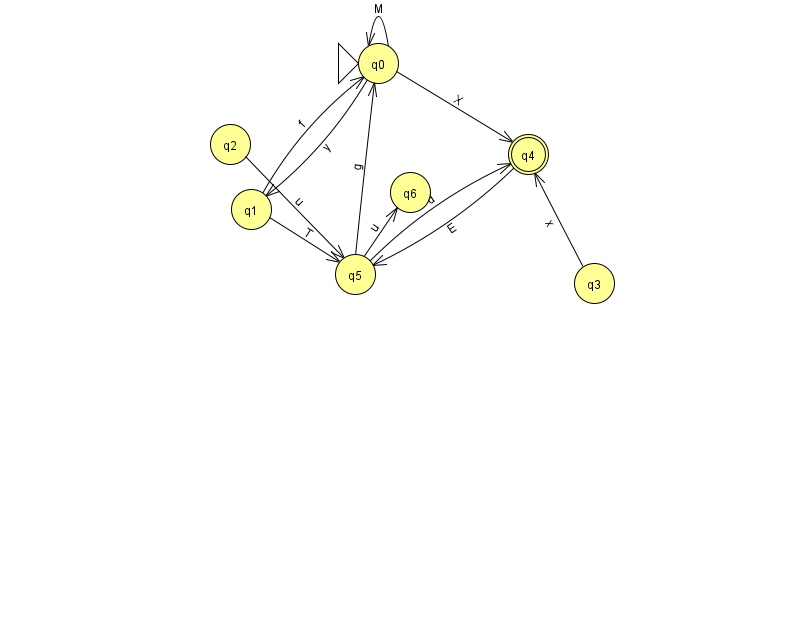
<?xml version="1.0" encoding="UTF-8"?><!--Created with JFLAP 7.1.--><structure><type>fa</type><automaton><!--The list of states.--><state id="0" name="q0"><x>378.0</x><y>50.0</y><initial/></state><state id="1" name="q1"><x>251.0</x><y>196.0</y></state><state id="2" name="q2"><x>230.0</x><y>131.0</y></state><state id="3" name="q3"><x>594.0</x><y>270.0</y></state><state id="4" name="q4"><x>528.0</x><y>141.0</y><final/></state><state id="5" name="q5"><x>355.0</x><y>261.0</y></state><state id="6" name="q6"><x>410.0</x><y>179.0</y></state><!--The list of transitions.--><transition><from>4</from><to>5</to><read>E</read></transition><transition><from>1</from><to>0</to><read>f</read></transition><transition><from>5</from><to>4</to><read>d</read></transition><transition><from>0</from><to>4</to><read>X</read></transition><transition><from>3</from><to>4</to><read>x</read></transition><transition><from>5</from><to>6</to><read>u</read></transition><transition><from>1</from><to>5</to><read>T</read></transition><transition><from>2</from><to>5</to><read>u</read></transition><transition><from>0</from><to>1</to><read>y</read></transition><transition><from>0</from><to>0</to><read>M</read></transition><transition><from>5</from><to>0</to><read>g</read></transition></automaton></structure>